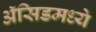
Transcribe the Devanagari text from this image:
ॲसिडमध्ये